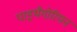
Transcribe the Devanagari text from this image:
पाइथैगोरियन